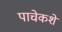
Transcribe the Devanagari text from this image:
पाचेकशे